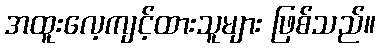
အထူးလေ့ကျင့်ထားသူများ ဖြစ်သည်။